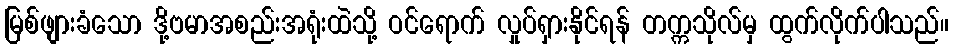
မြစ်ဖျားခံသော ဒို့ဗမာအစည်းအရုံးထဲသို့ ဝင်ရောက် လှုပ်ရှားနိုင်ရန် တက္ကသိုလ်မှ ထွက်လိုက်ပါသည်။